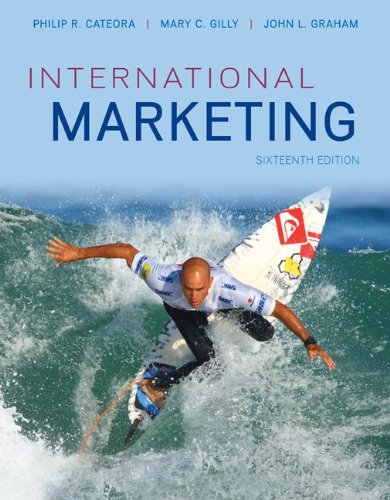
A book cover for International Marketing; Philip Cateora; Business & Money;